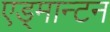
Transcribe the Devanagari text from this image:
एड्मान्टन